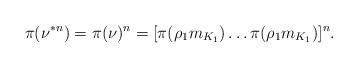
LaTeX: \begin{align*}\pi(\nu^{\ast n})=\pi(\nu)^n=[\pi(\rho_1 m_{K_1})\dots \pi(\rho_1 m_{K_1})]^n.\end{align*}